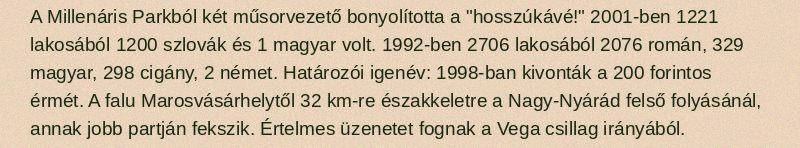
A Millenáris Parkból két műsorvezető bonyolította a "hosszúkávé!" 2001-ben 1221 lakosából 1200 szlovák és 1 magyar volt. 1992-ben 2706 lakosából 2076 román, 329 magyar, 298 cigány, 2 német. Határozói igenév: 1998-ban kivonták a 200 forintos érmét. A falu Marosvásárhelytől 32 km-re északkeletre a Nagy-Nyárád felső folyásánál, annak jobb partján fekszik. Értelmes üzenetet fognak a Vega csillag irányából.